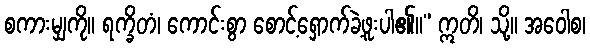
စကားမျှကို။ ရက္ခိတံ၊ ကောင်းစွာ စောင့်ရှောက်ခဲ့ဖူးပါ၏။” ဣတိ၊ သို့။ အဝေါစ၊